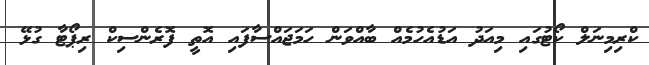
ކްރިމިނަލް ކޯޓުގައި މިއަދު އަޑުއެހުމެއް ބާއްވަން ހަމަޖައްސާފައި އޮތީ ފޮރެންސިކް ރިޕޯޓާ ގުޅޭ